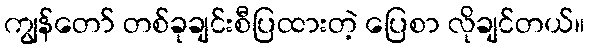
ကျွန်တော် တစ်ခုချင်းစီပြထားတဲ့ ပြေစာ လိုချင်တယ်။